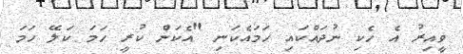
ވީއިރު އެ ހެކި ނުދައްކައި ހަމައެކަނި "އެކަން ކުރީ ހަމަ ކަލޭ ހަމަ